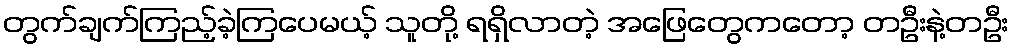
တွက်ချက်ကြည့်ခဲ့ကြပေမယ့် သူတို့ ရရှိလာတဲ့ အဖြေတွေကတော့ တဦးနဲ့တဦး